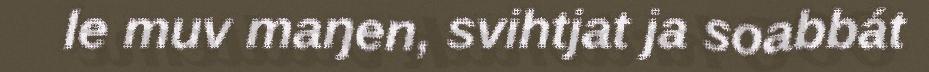
le muv maŋen, svihtjat ja soabbát